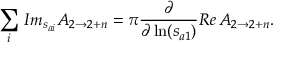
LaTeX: \sum _ { i } \, I m _ { s _ { a i } } A _ { 2 \rightarrow 2 + n } = \pi \frac \partial { \partial \ln ( s _ { a 1 } ) } R e \, A _ { 2 \rightarrow 2 + n } .